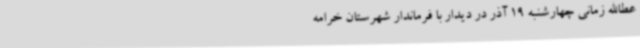
عطاالله زمانی چهارشنبه 19 آذر در دیدار با فرماندار شهرستان خرامه